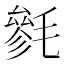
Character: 毿